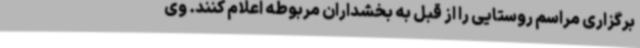
برگزاری مراسم روستایی را از قبل به بخشداران مربوطه اعلام کنند. وی